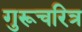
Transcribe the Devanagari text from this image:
गुरूचरित्र